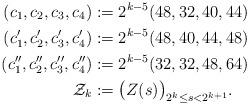
LaTeX: \begin{align*}(c_1, c_2, c_3,c_4) := & \; 2^{k-5}(48,32,40,44) \\(c_1', c_2', c_3',c_4') := & \; 2^{k-5}(48,40,44,48)\\(c_1'', c_2'', c_3'',c_4'') := & \; 2^{k-5}(32,32,48,64)\\\mathcal Z_k:=& \; \big(Z(s)\big)_{2^k\leq s< 2^{k+1}}.\end{align*}